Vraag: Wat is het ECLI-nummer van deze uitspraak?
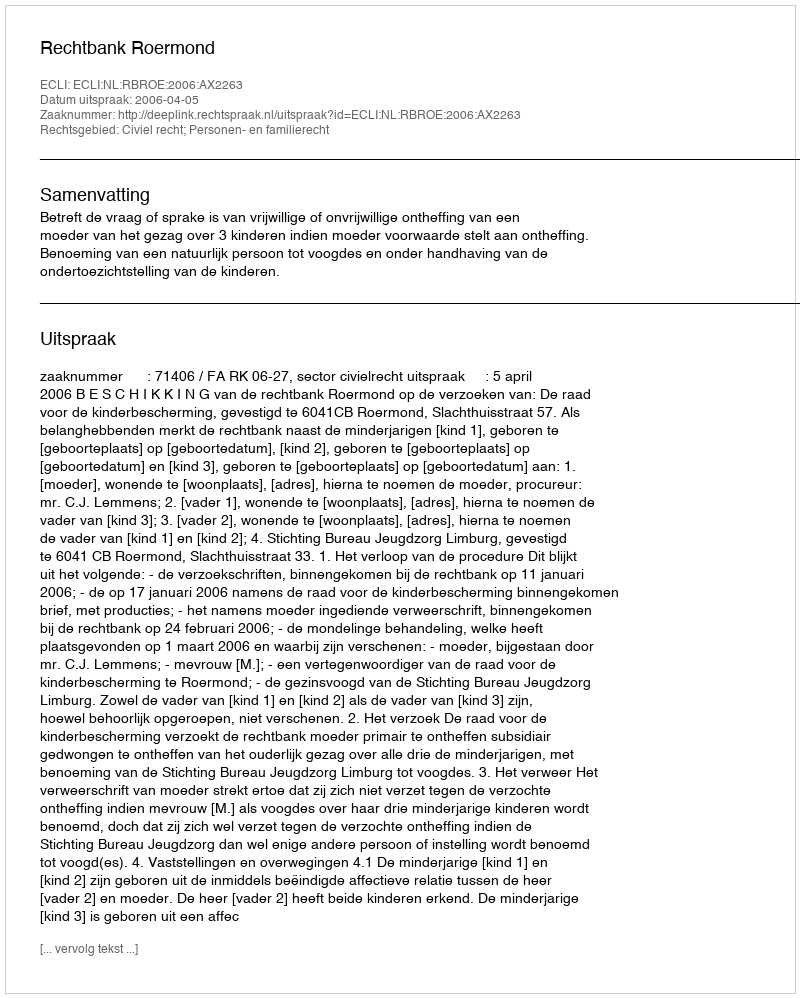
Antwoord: ECLI:NL:RBROE:2006:AX2263